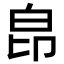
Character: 皍